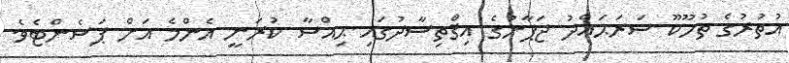
އުތުރުގެ ތުހޫކޫ ސަރަޙައްދު ޖަޕާނުގެ އިޤްތިސާދުގައި ޙިއްސާ ކުރަނީ އެންމެ އަށް ޕަސެންޓެވެ.